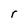
Character: r